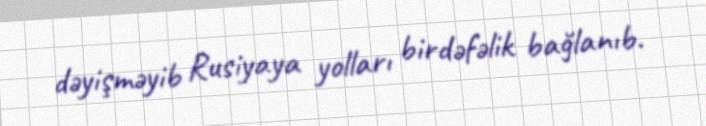
dəyişməyib Rusiyaya yolları birdəfəlik bağlanıb.